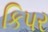
કિપર